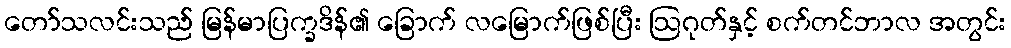
တော်သလင်းသည် မြန်မာပြက္ခဒိန်၏ ခြောက် လမြောက်ဖြစ်ပြီး ဩဂုတ်နှင့် စက်တင်ဘာလ အတွင်း